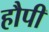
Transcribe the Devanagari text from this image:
हौपी